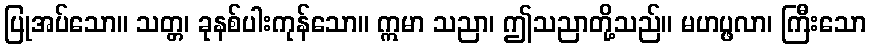
ပြုအပ်သော။ သတ္တ၊ ခုနစ်ပါးကုန်သော။ ဣမာ သညာ၊ ဤသညာတို့သည်။ မဟပ္ဖလာ၊ ကြီးသော